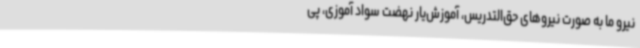
نیرو ما به صورت نیروهای حق‌التدریس، آموزش‌یار نهضت سواد آموزی، پی